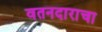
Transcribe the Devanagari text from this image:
वतनदाराचा